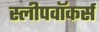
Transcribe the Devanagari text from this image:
स्लीपवॉकर्स